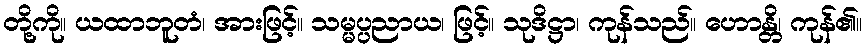
တို့ကို။ ယထာဘူတံ၊ အားဖြင့်။ သမ္မပ္ပညာယ၊ ဖြင့်။ သုဒိဋ္ဌာ၊ ကုန်သည်။ ဟောန္တိ၊ ကုန်၏။